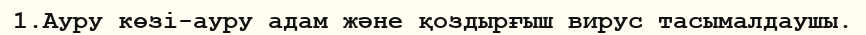
1.Ауру көзі-ауру адам және қоздырғыш вирус тасымалдаушы.